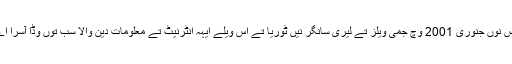
ایس نوں جنوری 2001 وچ جمی ویلز تے لیری سانگر نیں ٹوریا تے اس ویلے ایہہ انٹرنیٹ تے معلومات دین والا سب توں وڈا آسرا اے۔